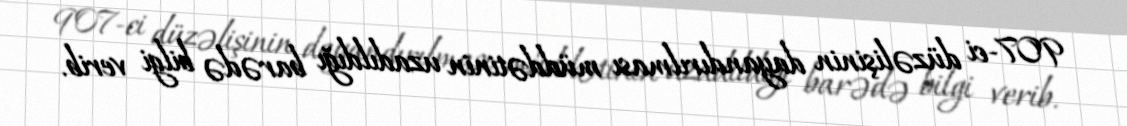
907-ci düzəlişinin dayandırılması müddətinin uzadıldığı barədə bilgi verib.